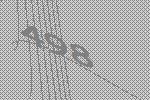
498